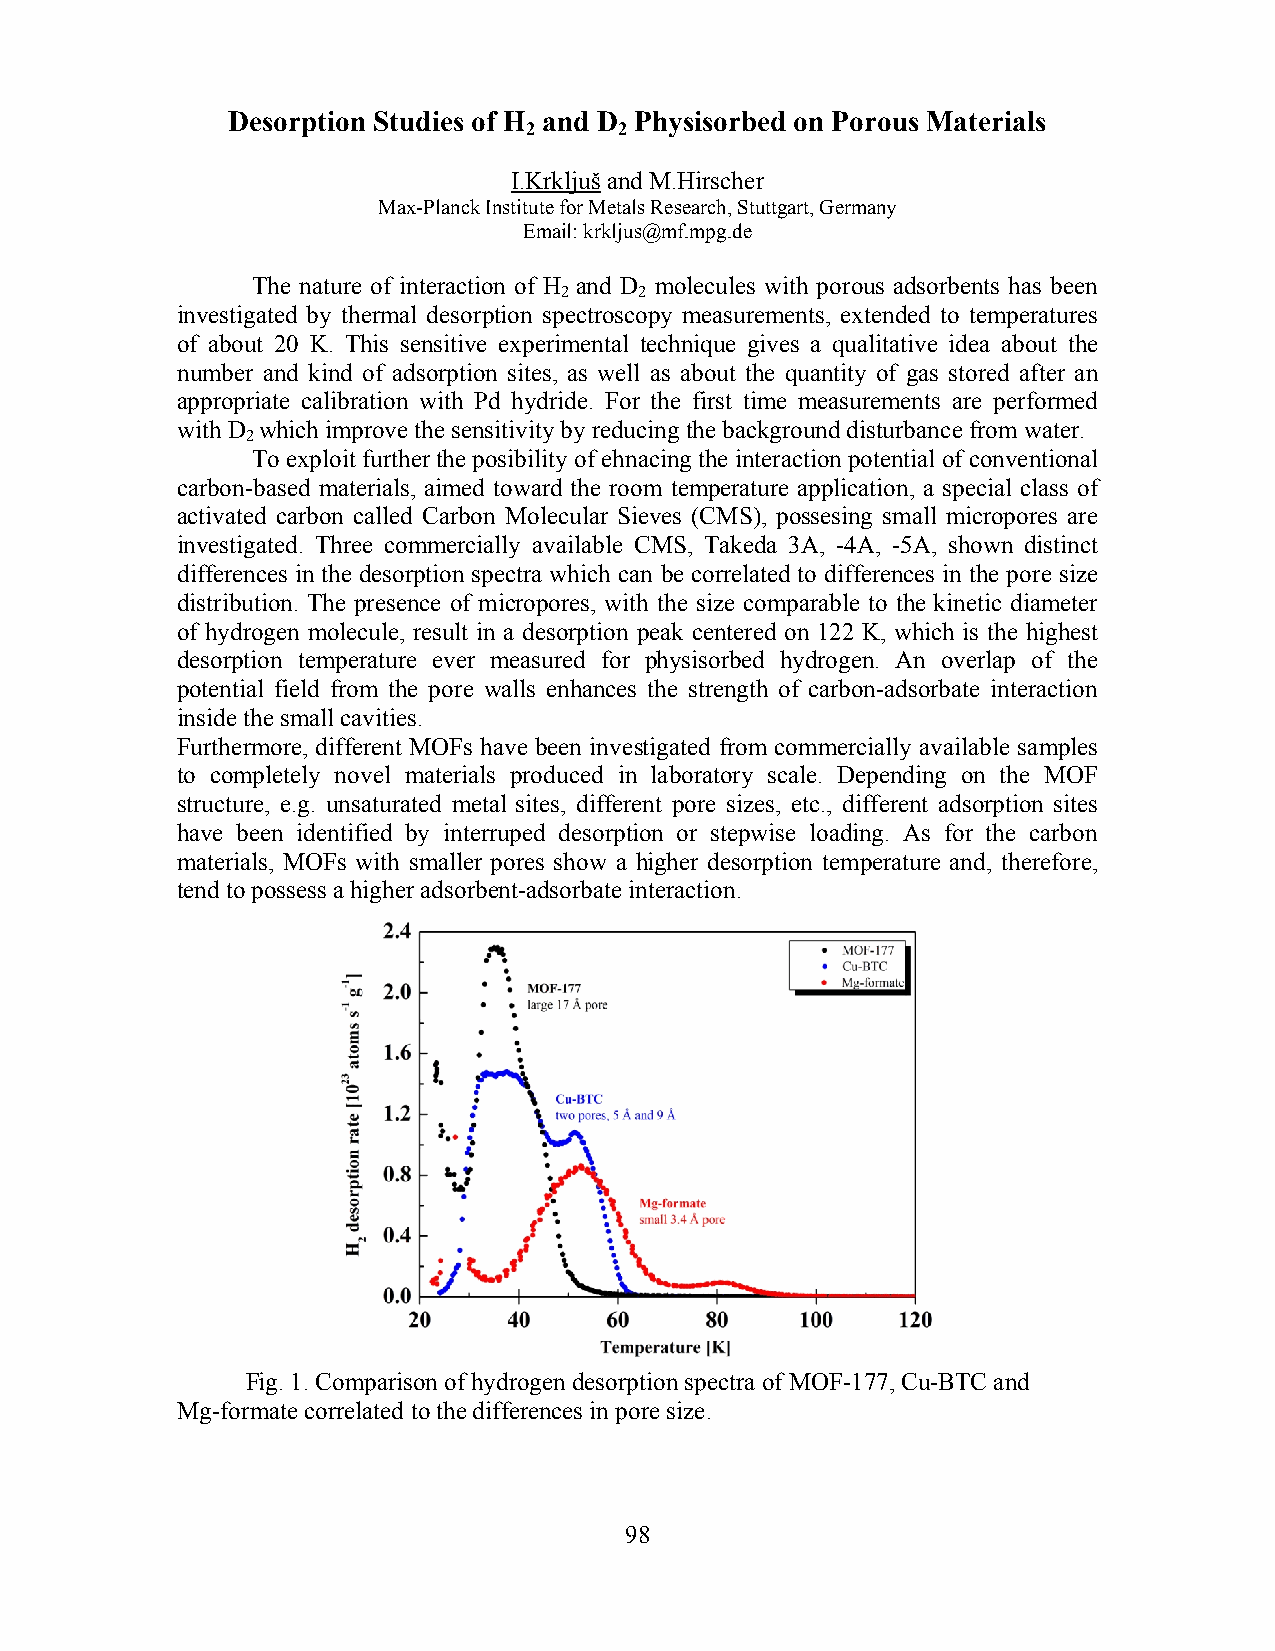
Desorption Studies of H and D Physisorbed on Porous Materials
 2     2
 I.Krkljuš and M.Hirscher
 Max-Planck Institute for Metals Research, Stuttgart, Germany
 Email: krkljus@mf.mpg.de
 The nature of interaction of H and D molecules with porous adsorbents has been
 2    2
 investigated by thermal desorption spectroscopy measurements, extended to temperatures
 of about 20 K. This sensitive experimental technique gives a qualitative idea about the
 number and kind of adsorption sites, as well as about the quantity of gas stored after an
 appropriate calibration with Pd hydride. For the first time measurements are performed
 with D which improve the sensitivity by reducing the background disturbance from water.
 2
 To exploit further the posibility of ehnacing the interaction potential of conventional
 carbon-based materials, aimed toward the room temperature application, a special class of
 activated carbon called Carbon Molecular Sieves (CMS), possesing small micropores are
 investigated. Three commercially available CMS, Takeda 3A, -4A, -5A, shown distinct
 differences in the desorption spectra which can be correlated to differences in the pore size
 distribution. The presence of micropores, with the size comparable to the kinetic diameter
 of hydrogen molecule, result in a desorption peak centered on 122 K, which is the highest
 desorption temperature ever measured for physisorbed hydrogen. An overlap of the
 potential field from the pore walls enhances the strength of carbon-adsorbate interaction
 inside the small cavities.
 Furthermore, different MOFs have been investigated from commercially available samples
 to completely novel materials produced in laboratory scale. Depending on the MOF
 structure, e.g. unsaturated metal sites, different pore sizes, etc., different adsorption sites
 have been identified by interruped desorption or stepwise loading. As for the carbon
 materials, MOFs with smaller pores show a higher desorption temperature and, therefore,
 tend to possess a higher adsorbent-adsorbate interaction.
 Fig. 1. Comparison of hydrogen desorption spectra of MOF-177, Cu-BTC and
 Mg-formate correlated to the differences in pore size.
 98